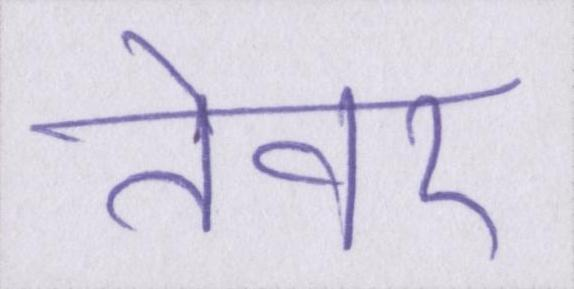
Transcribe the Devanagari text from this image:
तेवर